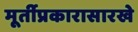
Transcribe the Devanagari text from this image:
मूर्तीप्रकारासारखे